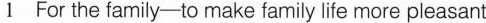
1 For the family-to make family life more pleasant